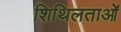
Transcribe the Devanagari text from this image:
शिथिलताओं